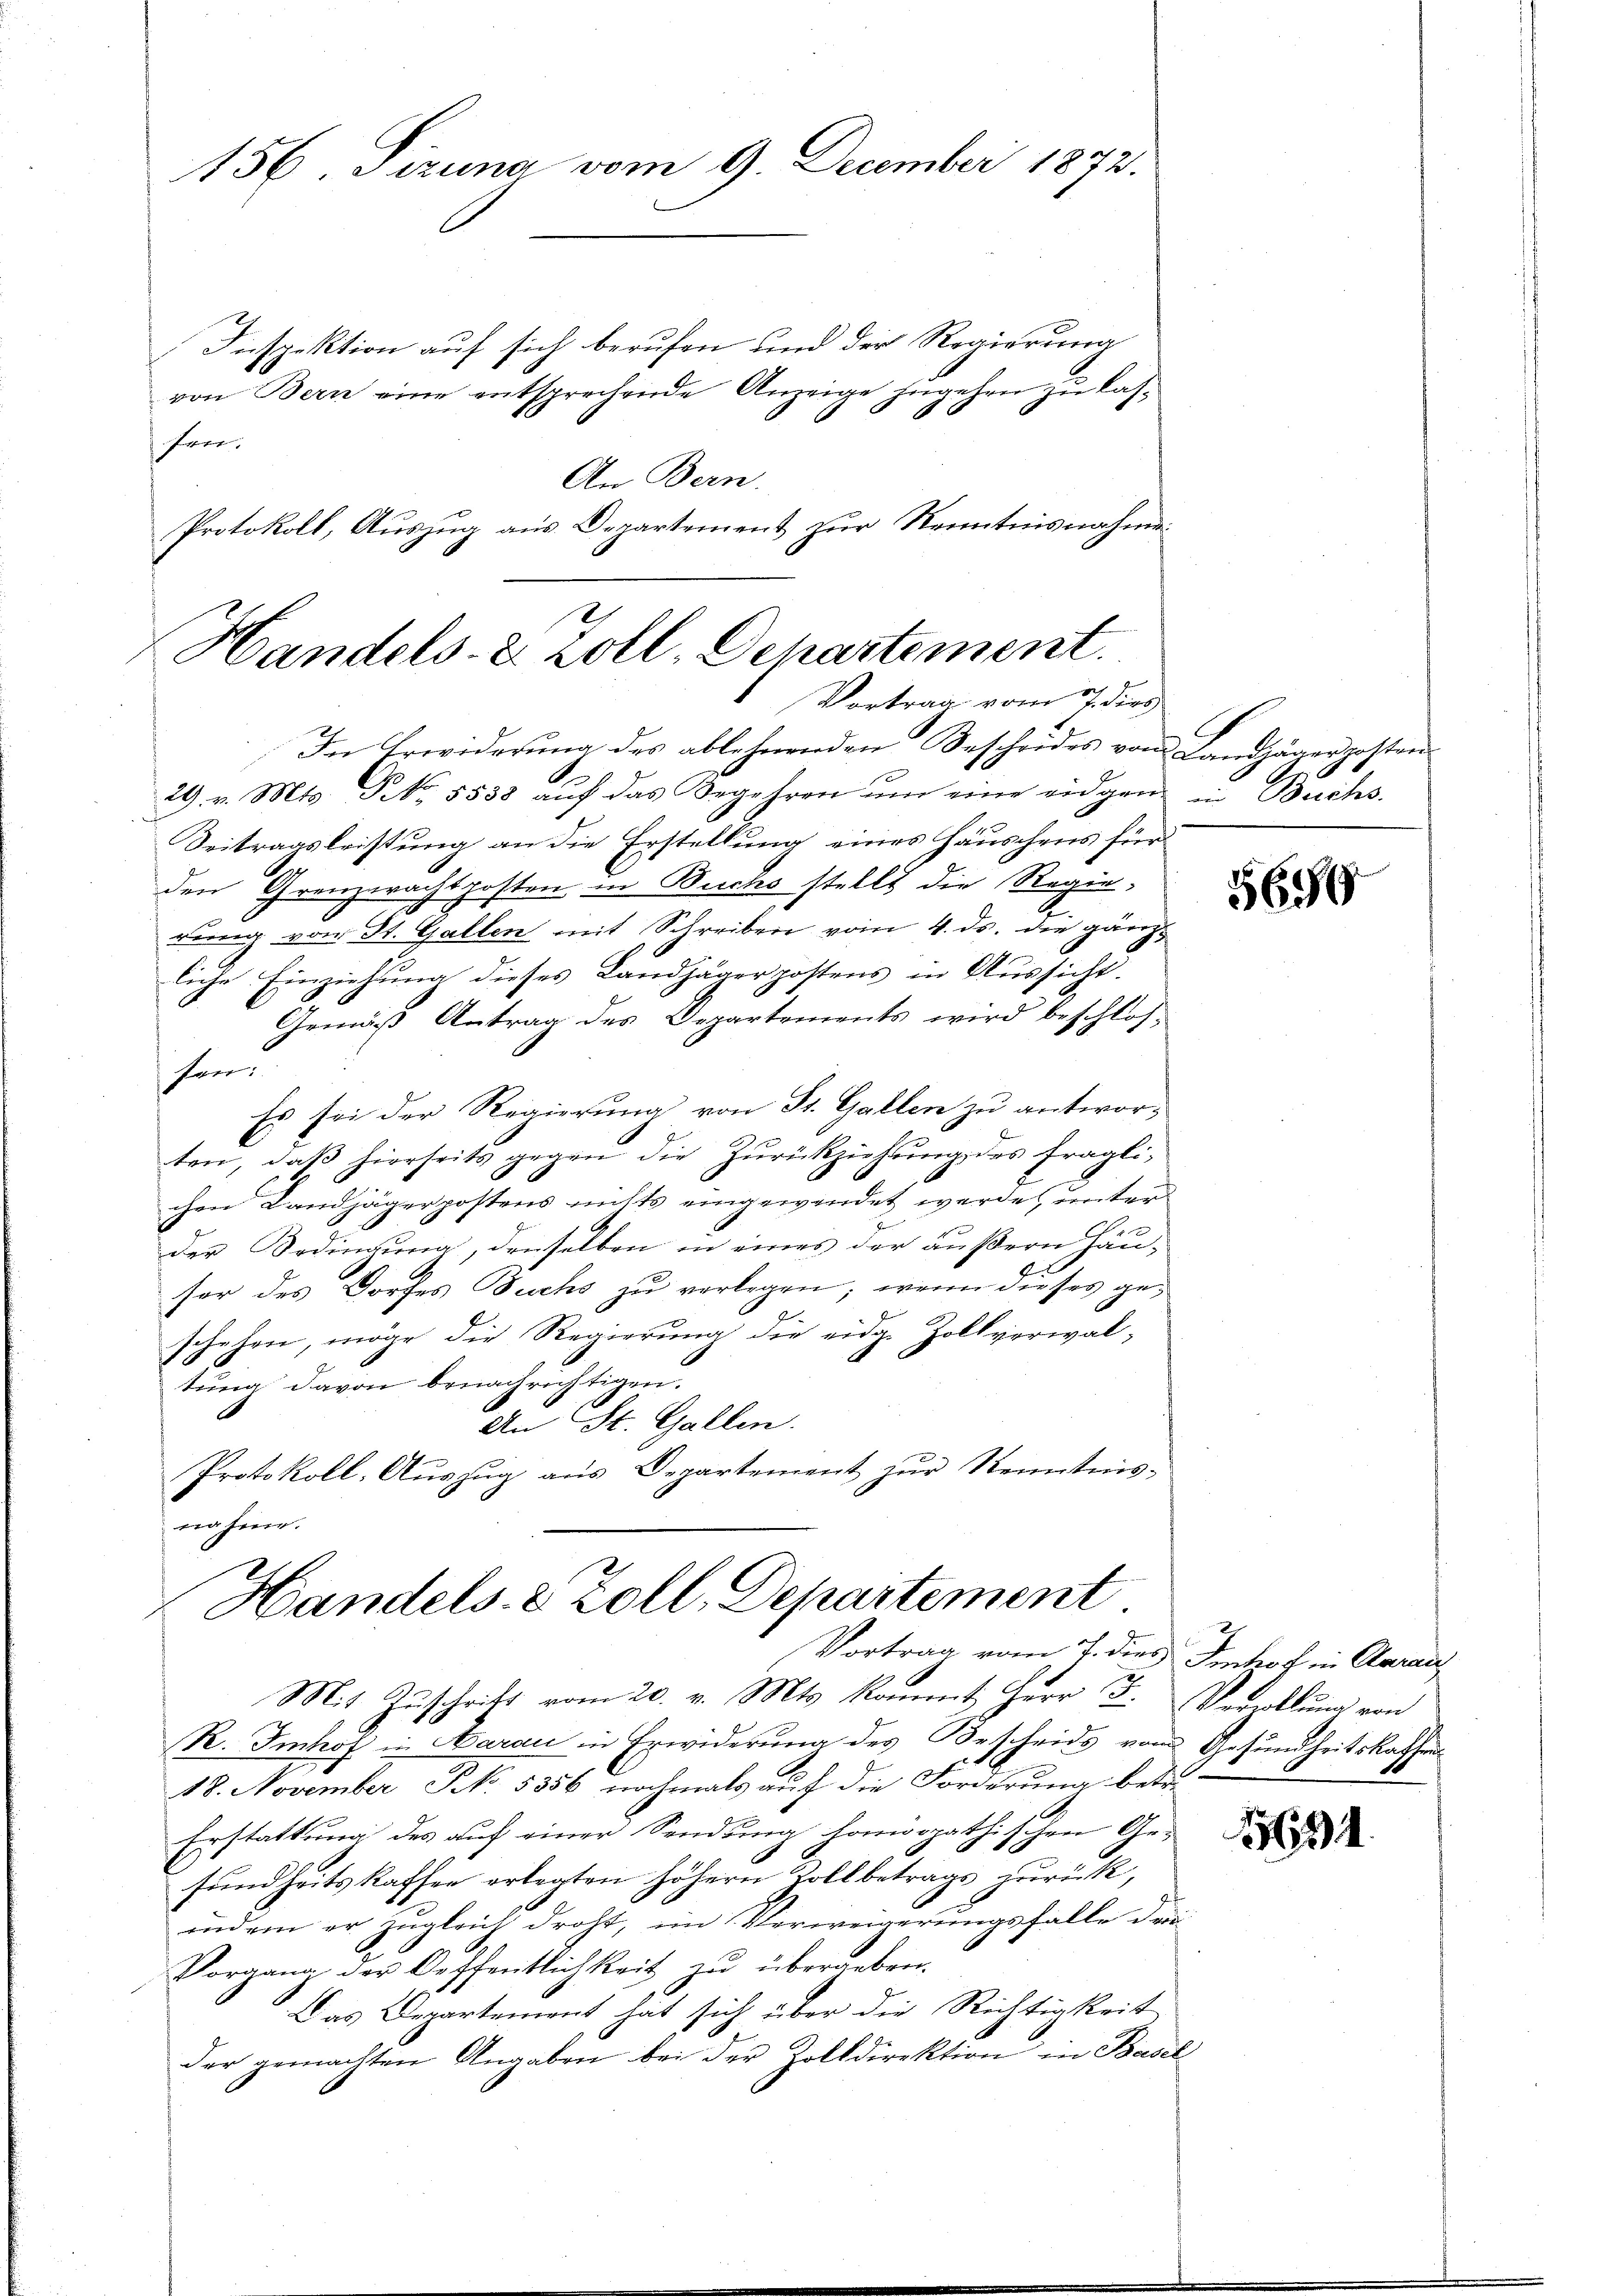
156 Tizuna vom 9. December 1872.

Inspektion auf sich berufen und der Regierung
von Bern eine entsprechende Anzeige zugehen zu las¬
An Bern.
Protokoll, Auszug aus Departement zur Kenntnisnahme

frei.

Handels- & Zoll, Departement.
Vortrag vom 7. dies
In Erwiderung des ablehnenden Bescheides von Landjäger posten¬

6
29. v. Mts. No. 5538 aŭf das Begehren ŭm eine eidgen in Buchs-
Seitragsleistung an die Erstellung eines Häuschens für
den Grenzwachtposten in Buchs stellt die Regierung von St. Gallen mit Schreiben vom 4. ds. die gänzliche Einziehung dieses Landjägerpostens in Aussicht.
Gemäß Antrag des Departements wird beschlosschen
Es sei der Regierung von St. Gallen zu antworten, daβ hierseits gegen die Zŭrückziehung des fraglichen Landjägerpostens nichts eingewendet werde, unter
der Bedingung, denselben in eines der äußern Häu-
ser des Dorfes Fuchs zu verlegen; wenn dieses geschehen, möge die Regierung die eidg. Zollverwaltung davon benachrichtigen.
An St. Gallen.
Protokoll-Auszug aus Departement zur Kenntnis-
nahme.

Handels. 8 Zoll, Departement
Vortrag vom 7. dies Innhof in Aarau

Mit Zuschrift vom 20. v. Mts. kommt, Herr F. Verzellung von
R. Imhof in Aarau in Erwiderung des Bescheids vom Gesundheitskassens
18. November No. 5356 nochmals auf die Forderung betr.
Erstattung des auf einer Sendung homöopathischen Ge-
sundheits kaffen erlegten höhern Kollbetrags zurück,
indem er zugleich droht, im Verweigerungsfalle den
Vorgang der Oeffentlichkeit zŭ übergeben.
Das Departement hat sich über die Richtigkeit
der gemachten Angaben bei der Zolldirektion in Basel

5699

15634.